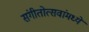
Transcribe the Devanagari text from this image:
संगीतोत्सवांमध्ये